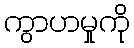
ကွာဟမှုကို